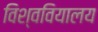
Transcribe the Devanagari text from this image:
विश्ववियालय